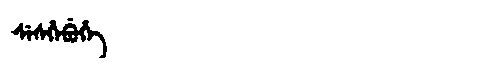
Manchu: ᠰᡝᠰᡥᡝᠪᡠᡥᡝ
Romanization: SESHEBUHE